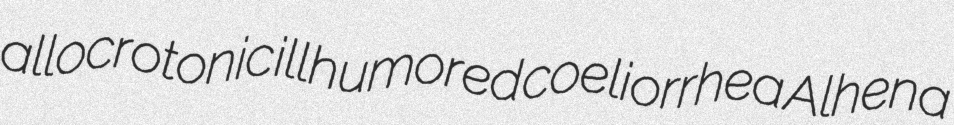
allocrotonic illhumored coeliorrhea Alhena